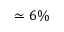
\simeq 6 \%